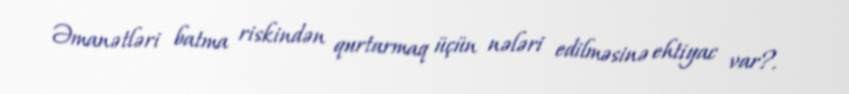
Əmanətləri batma riskindən qurtarmaq üçün nələri edilməsinə ehtiyac var?.